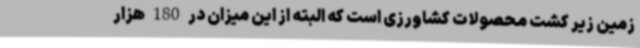
زمین زیر کشت محصولات کشاورزی است که البته از این میزان در 180 هزار